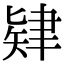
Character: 肄